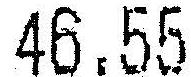
46.55